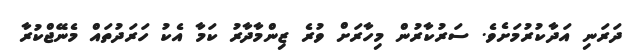
ދަރަނި އަދާކުރުމަށެވެ. ސަރުކާރުން މިހާރަށް ވުރެ ޒިންމާދާރު ކަމާ އެކު ހަރަދުތައް މެނޭޖްކުރާ